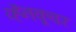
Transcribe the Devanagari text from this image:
व्हॅनकूवर